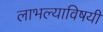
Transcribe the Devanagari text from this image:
लाभल्याविषयी